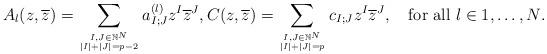
LaTeX: \begin{align*} A_{l}(z,\overline{z})=\displaystyle\sum_{I,J\in\mathbb{N}^{N}\atop\left|I\right|+\left|J\right|=p-2} a_{I;J}^{(l)}z^{I}\overline{z}^{J}, C(z,\overline{z}) =\displaystyle\sum_{I,J\in\mathbb{N}^{N}\atop\left|I\right|+\left|J\right|=p} c_{I;J}z^{I}\overline{z}^{J},\quad\mbox{for all $l\in 1,\dots, N$.}\end{align*}